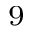
^ { 9 }